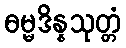
ဓမ္မဒိန္နသုတ္တံ